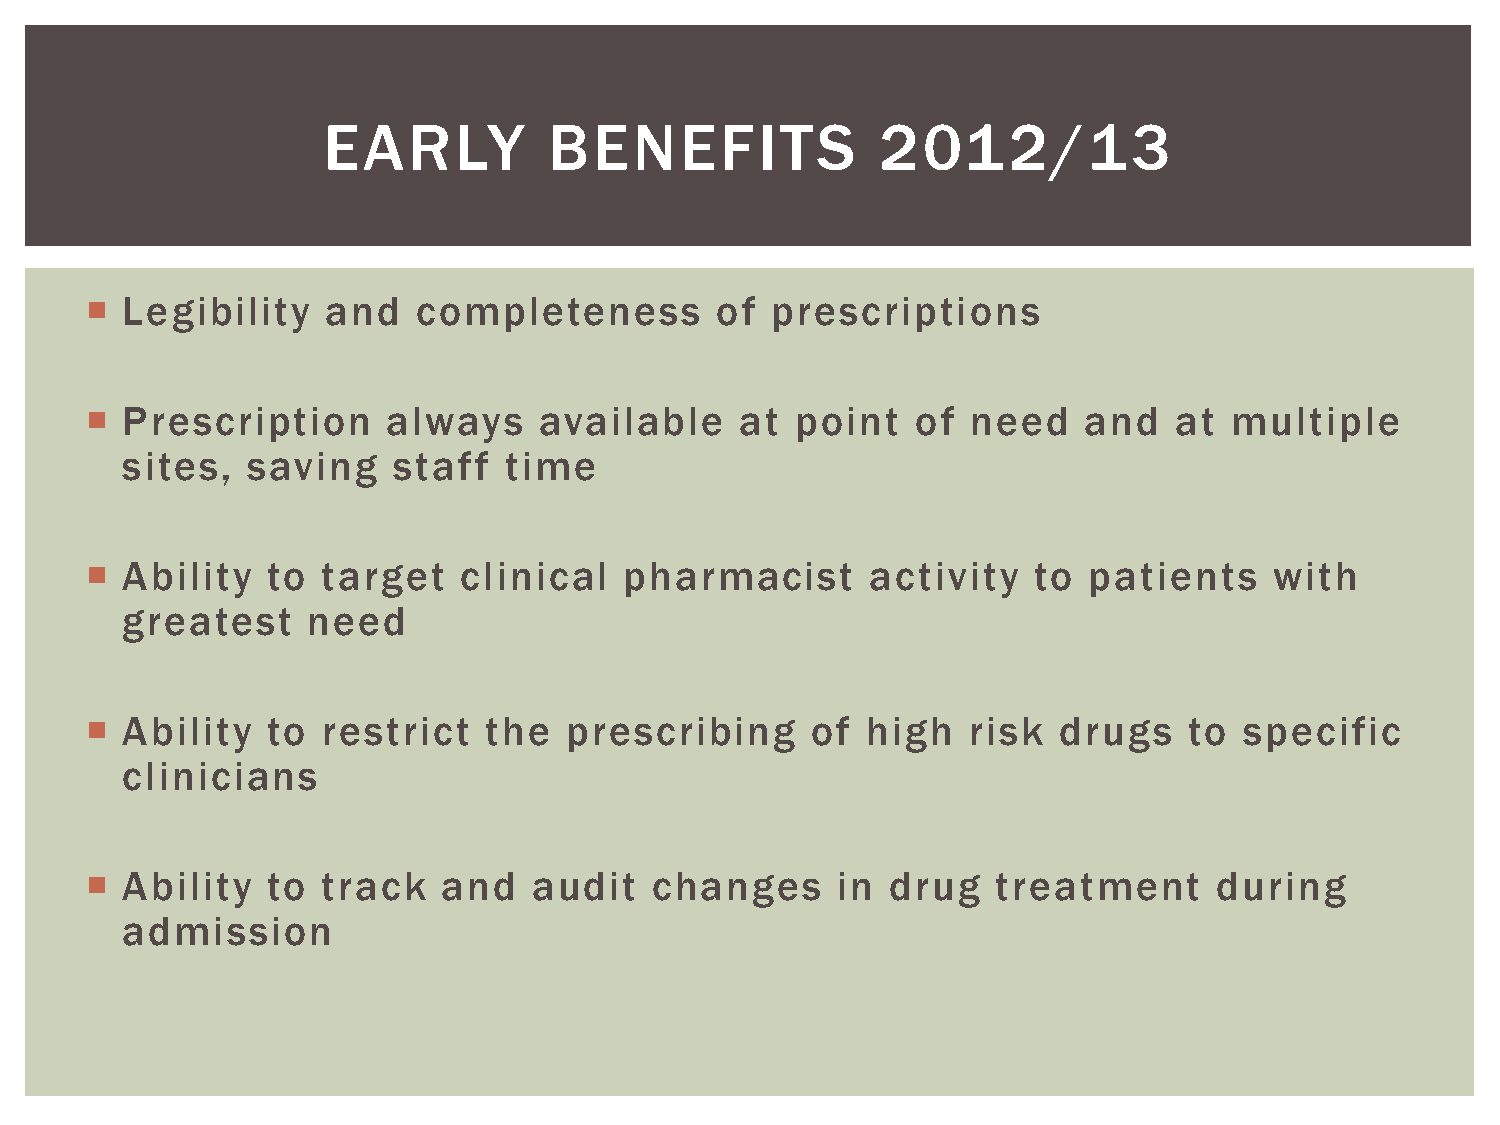
EARLY          BENEFITS              2012/13
  Legibility    and   completeness       of  prescriptions
  Prescription      always    available    at  point   of need    and   at multiple
 sites,  saving    staff  time
  Ability   to target   clinical   pharmacist       activity  to  patients    with
 greatest    need
  Ability   to restrict   the  prescribing      of high   risk  drugs    to specific
 clinicians
  Ability   to track   and   audit   changes     in  drug   treatment      during
 admission